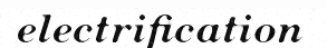
electrification